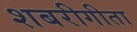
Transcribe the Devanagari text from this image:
शबरीगीता